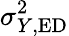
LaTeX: {\sigma_{Y,\mathrm{ED}}^{2}}